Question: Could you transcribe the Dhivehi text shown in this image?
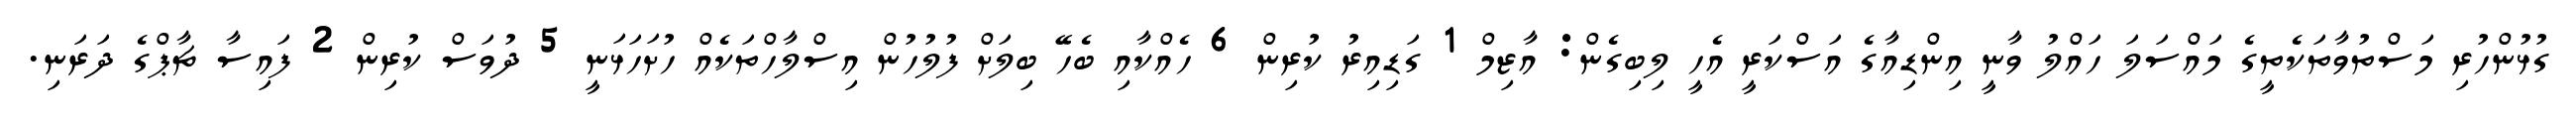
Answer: ގުޅުންހުރި މަސްތުވާތަކެތީގެ މައްސަލަ ހައްލު ވާނީ އިންޑިއާގެ އަސްކަރީ އެހީ ލިބިގެން: އާޒިމް 1 ގަޑިއިރު ކުރިން 6 ހެއްކާއި ބެހޭ ބިލަށް ފުލުހުން އިސްލާހްތަކެއް ހުށަހަޅަނީ 5 ދުވަސް ކުރިން 2 ފައިސާ ޗާޕްގެ ދަރަނި.